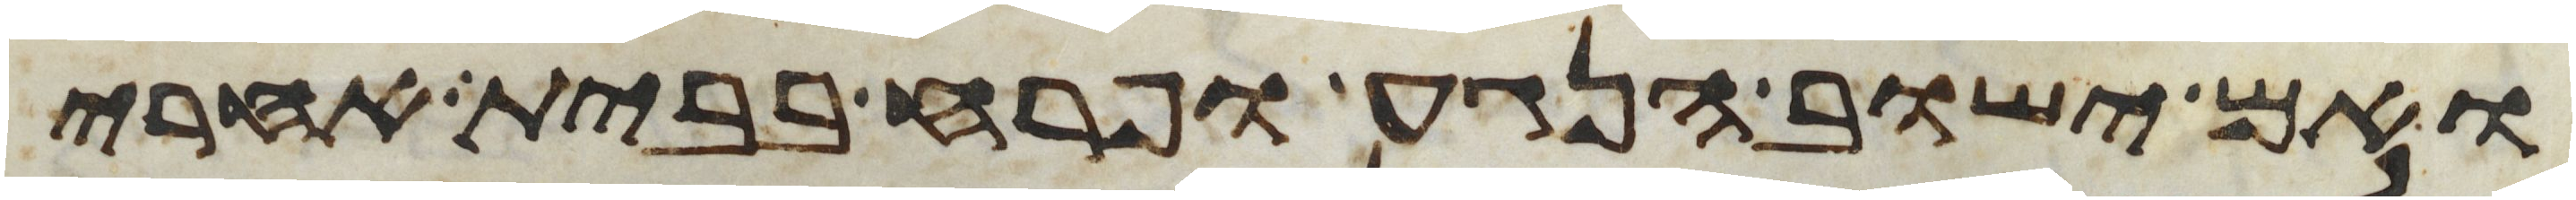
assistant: ואם ישוב הנגע ופרח בבית אחרי